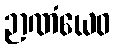
ဉာဏံယေဝ